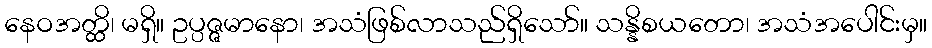
နေဝအတ္ထိ၊ မရှိ။ ဥပ္ပဇ္ဇမာနော၊ အသံဖြစ်လာသည်ရှိသော်။ သန္နိစယတော၊ အသံအပေါင်းမှ။